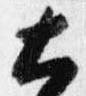
大